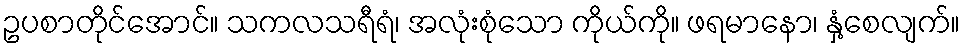
ဥပစာတိုင်အောင်။ သကလသရီရံ၊ အလုံးစုံသော ကိုယ်ကို။ ဖရမာနော၊ နှံ့စေလျက်။